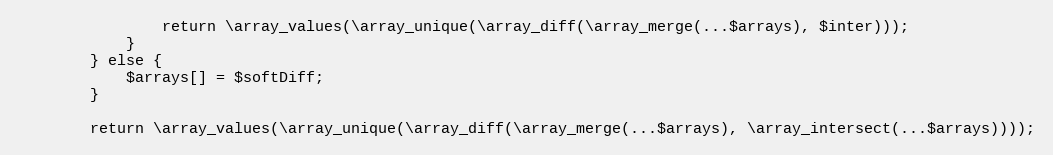
Language: PHP
                return \array_values(\array_unique(\array_diff(\array_merge(...$arrays), $inter)));
            }
        } else {
            $arrays[] = $softDiff;
        }

        return \array_values(\array_unique(\array_diff(\array_merge(...$arrays), \array_intersect(...$arrays))));